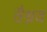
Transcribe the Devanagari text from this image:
वैश्नव